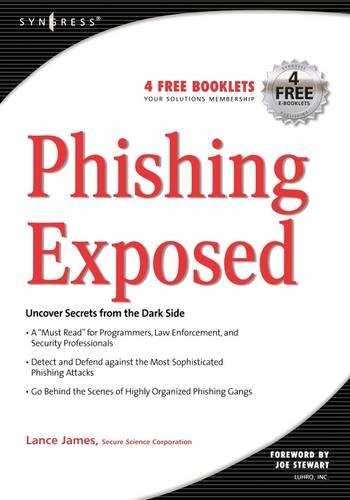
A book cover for Phishing Exposed; Lance James; Computers & Technology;